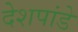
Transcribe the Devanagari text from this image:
देेशपांडे